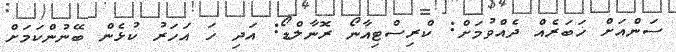
ސަންއަށް ޚަބަރެއް ދެއްވުމަށް: ކްރިސްޓިއާނޯ ރޮނާލްޑޯ: އަދި ހަ އަހަރު ކުޅެން ބޭނުންކަމަށް